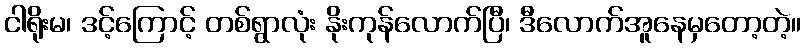
ငါရိုးမ၊ ဒင့်ကြောင့် တစ်ရွာလုံး နိုးကုန်လောက်ပြီ၊ ဒီလောက်အူနေမှတော့တဲ့။